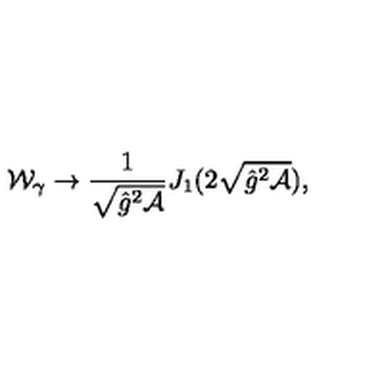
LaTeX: { \cal W } _ { \gamma } \to \frac { 1 } { \sqrt { \hat { g } ^ { 2 } { \cal A } } } J _ { 1 } ( 2 \sqrt { \hat { g } ^ { 2 } { \cal A } } ) ,